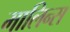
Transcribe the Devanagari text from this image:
मालिन्स